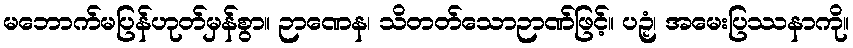
မဘောက်မပြန်ဟုတ်မှန်စွာ။ ဉာဏေန၊ သိတတ်သောဉာဏ်ဖြင့်။ ပဉှံ၊ အမေးပြဿနာကို။